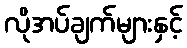
လိုအပ်ချက်များနှင့်